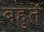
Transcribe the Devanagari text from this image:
बहुतें